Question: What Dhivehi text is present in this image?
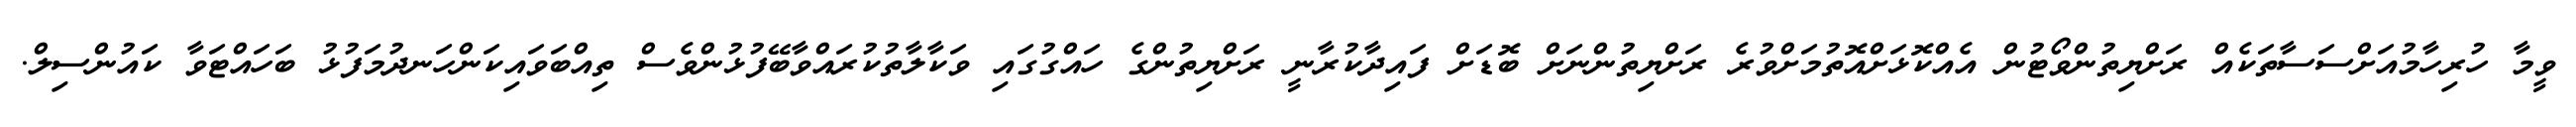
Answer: ވީމާ ހުރިހާމުއަށްސަސާތަކެއް ރަށްޔިތުންވޯޓުން އެއްކޮޅަށްއޮތުމަށްވުރެ ރަށްޔިތުންނަށް ބޮޑަށް ފައިދާކުރާނީ ރަށްޔިތުންގެ ހައްގުގައި ވަކާލާތުކުރައްވާބޭފުޅުންވެސް ތިއްބަވައިކަންހަނދުމަފުޅު ބަހައްޓަވާ ކައުންސިލް.